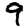
Digit: 9